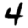
Digit: 4